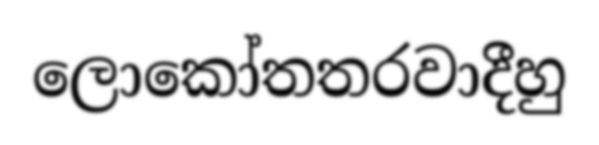
ලොකෝතතරවාදීහු